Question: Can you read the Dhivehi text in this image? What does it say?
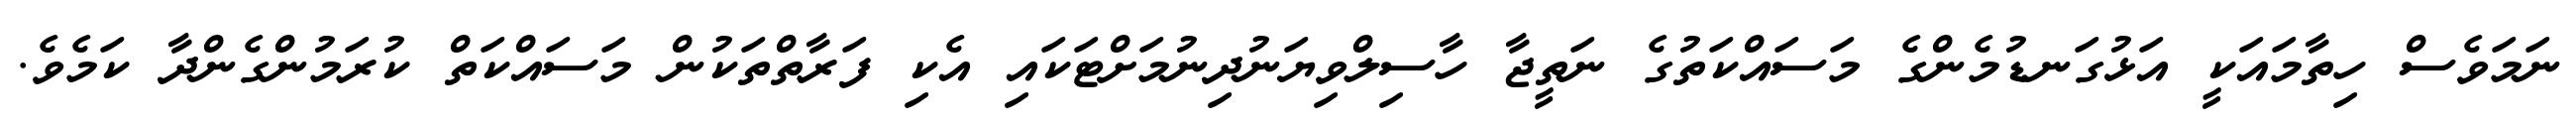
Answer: ނަމަވެސް ހިތާމައަކީ އަޅުގަނޑުމެންގެ މަސައްކަތުގެ ނަތީޖާ ހާސިލްވިޔަނުދިނުމަށްޓަކައި އެކި ފަރާތްތަކުން މަސައްކަތް ކުރަމުންގެންދާ ކަމެވެ.